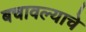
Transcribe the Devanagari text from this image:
बचावल्याचे